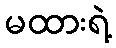
မထားရဲ့